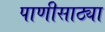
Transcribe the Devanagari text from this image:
पाणीसाठ्या